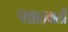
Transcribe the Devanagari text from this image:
पश्चात्‌वाली